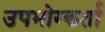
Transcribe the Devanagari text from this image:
उपभोग्कर्ता